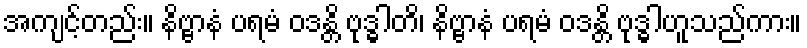
အကျင့်တည်း။ နိဗ္ဗာနံ ပရမံ ဝဒန္တိ ဗုဒ္ဓါတိ၊ နိဗ္ဗာနံ ပရမံ ဝဒန္တိ ဗုဒ္ဓါဟူသည်ကား။